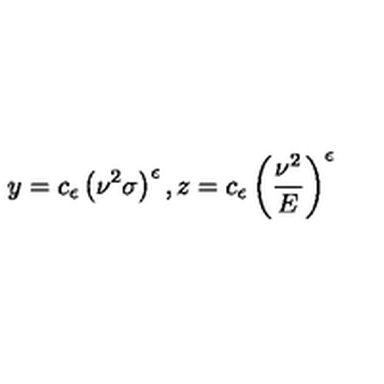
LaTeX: y = c _ { \epsilon } \left( \nu ^ { 2 } \sigma \right) ^ { \epsilon } , z = c _ { \epsilon } \left( \frac { \nu ^ { 2 } } { E } \right) ^ { \epsilon }